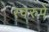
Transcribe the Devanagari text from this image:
स्वरुपें